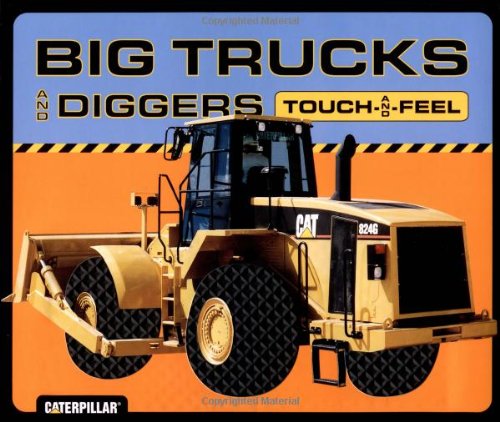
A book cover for Big Trucks and Diggers Touch-and-Feel; Caterpillar; Children's Books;